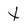
Character: X